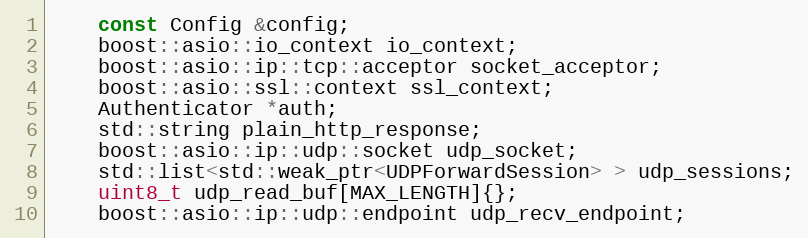
Language: C
    const Config &config;
    boost::asio::io_context io_context;
    boost::asio::ip::tcp::acceptor socket_acceptor;
    boost::asio::ssl::context ssl_context;
    Authenticator *auth;
    std::string plain_http_response;
    boost::asio::ip::udp::socket udp_socket;
    std::list<std::weak_ptr<UDPForwardSession> > udp_sessions;
    uint8_t udp_read_buf[MAX_LENGTH]{};
    boost::asio::ip::udp::endpoint udp_recv_endpoint;